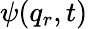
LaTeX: \psi(q_{r},t)